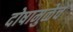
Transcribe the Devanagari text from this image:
दोषामुळेच